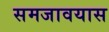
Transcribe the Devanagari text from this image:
समजावयास